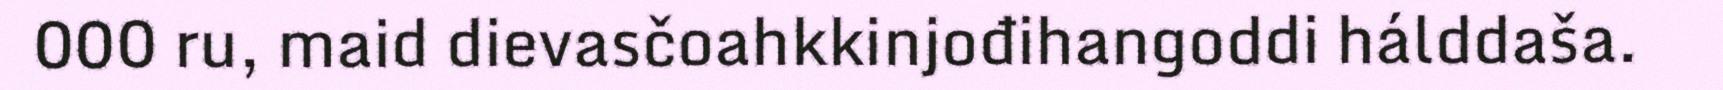
000 ru, maid dievasčoahkkinjođihangoddi hálddaša.